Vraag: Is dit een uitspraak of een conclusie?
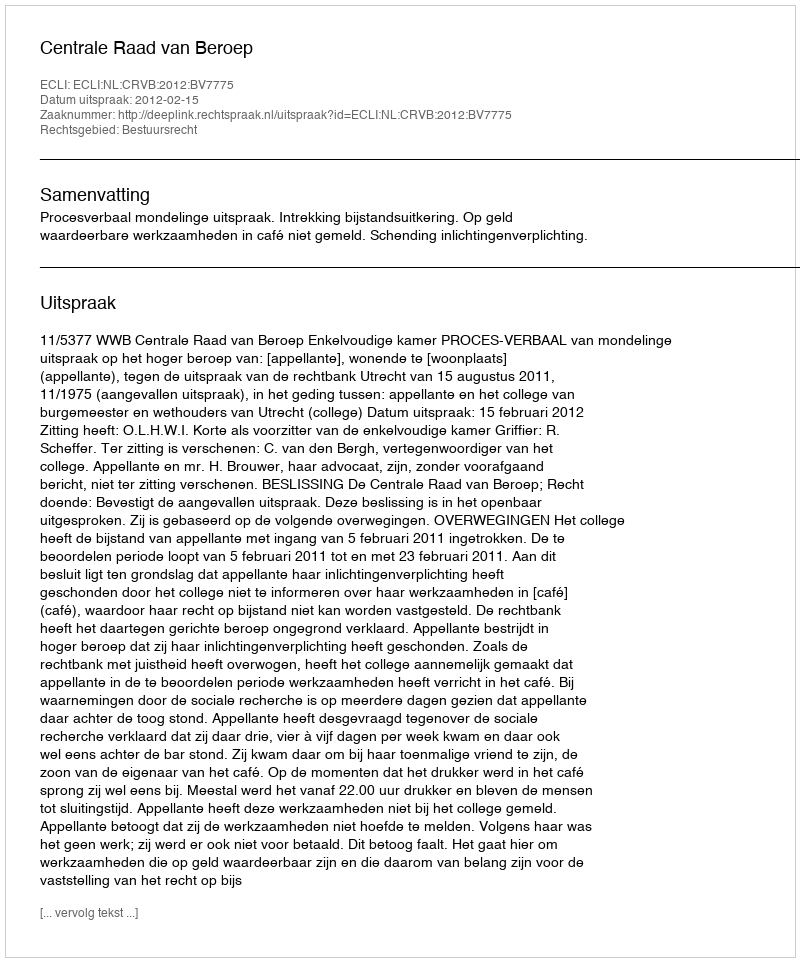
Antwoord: Uitspraak